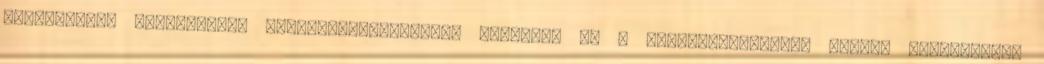
alátámasztó munkarészek TELEPÜLÉSSZERKEZETI TERVÉNEK ÉS A TERÜLETRENDEZÉSI TERVEK ÖSSZHANGJÁT